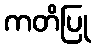
ကတိပြု